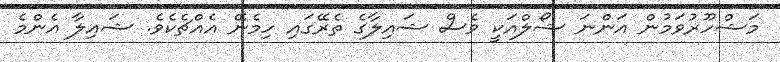
މަޝްހޫރުވަމުން އަންނަ ޝޯލްއަކީ ވެސް ޝައިލާގެ ތެރޭގައި ހިމެނޭ އެއްޗެކެވެ. ޝައިލާ އެންމެ